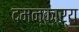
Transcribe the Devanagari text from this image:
दमनकार्य